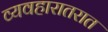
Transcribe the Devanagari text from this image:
व्यवहारातरात